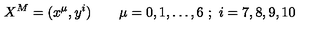
X ^ { M } = ( x ^ { \mu } , y ^ { i } ) \qquad \mu = 0 , 1 , \ldots , 6 \ ; \ i = 7 , 8 , 9 , 1 0